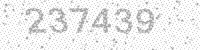
Solution: 237439